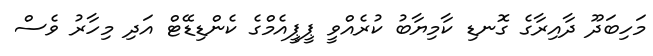
މަހިބަދޫ ދާއިރާގެ ގޮނޑި ކާމިޔާބު ކުރެއްވީ ޕީޕީއެމްގެ ކެންޑިޑޭޓް އަދި މިހާރު ވެސް